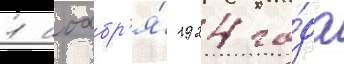
1 ноабр'я́ 1924 го́да